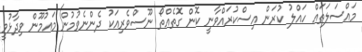
މައްސަލަތައް ހައްލު ކުރަން އިސްކުރައްވާނީ ކޮން ގޮތެއްތޯ ނޫސްވެރިއަކު ދެންނެވުމުން މައުމޫން ވިދާޅުވީ